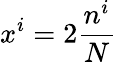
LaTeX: x^{i}=2\frac{n^{i}}{N}